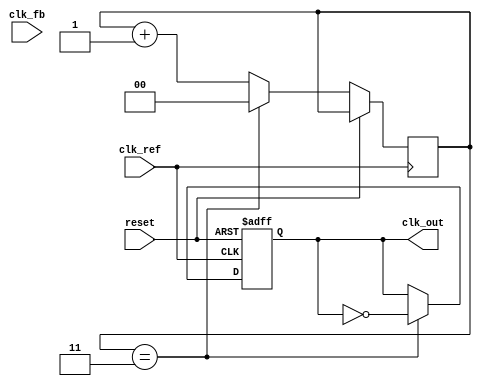
module PLL (
    input wire clk_ref,          // Reference clock input
    input wire clk_fb,           // Feedback clock input
    input wire reset,            // Asynchronous reset
    output reg clk_out           // Output clock
);

    // Parameters
    parameter integer DIV_RATIO = 4;  // Feedback division ratio
    parameter integer VCO_MAX_FREQ = 100; // Max VCO frequency (arbitrary units)
    parameter integer VCO_MIN_FREQ = 10;  // Min VCO frequency (arbitrary units)
    
    // PFD signals
    reg pfd_up, pfd_down;
    reg pfd_clk_ref_last, pfd_clk_fb_last;

    // Charge Pump signals
    reg [7:0] charge_pump_current; // 8-bit current control
    wire charge_pump_up = pfd_up;
    wire charge_pump_down = pfd_down;

    // Loop Filter
    reg [7:0] loop_filter_voltage; // Voltage control signal for VCO

    // VCO
    reg [7:0] vco_freq; // VCO frequency control
    reg vco_clk; // VCO output clock

    // Feedback mechanism
    reg [1:0] clk_divider; // Feedback clock divider

    // Phase Frequency Detector (PFD)
    always @(posedge clk_ref or posedge reset) begin
        if (reset) begin
            pfd_up <= 0;
            pfd_down <= 0;
            pfd_clk_ref_last <= 0;
            pfd_clk_fb_last <= 0;
        end else begin
            // Detect rising edge of reference clock
            if (!pfd_clk_ref_last && clk_ref) begin
                if (pfd_clk_fb_last) begin
                    pfd_up <= 0; // Feedback clock is leading
                    pfd_down <= 1; // Reference clock is lagging
                end else begin
                    pfd_up <= 1; // Reference clock is leading
                    pfd_down <= 0; // Feedback clock is lagging
                end
            end

            // Detect rising edge of feedback clock
            if (!pfd_clk_fb_last && clk_fb) begin
                if (pfd_clk_ref_last) begin
                    pfd_up <= 0; // Reference clock is leading
                    pfd_down <= 1; // Feedback clock is lagging
                end else begin
                    pfd_up <= 1; // Feedback clock is leading
                    pfd_down <= 0; // Reference clock is lagging
                end
            end

            // Store last states
            pfd_clk_ref_last <= clk_ref;
            pfd_clk_fb_last <= clk_fb;
        end
    end

    // Charge Pump
    always @(posedge clk_ref or posedge reset) begin
        if (reset) begin
            charge_pump_current <= 0;
        end else begin
            if (charge_pump_up) begin
                charge_pump_current <= charge_pump_current + 1; // Increase current
            end else if (charge_pump_down) begin
                charge_pump_current <= charge_pump_current - 1; // Decrease current
            end
        end
    end

    // Loop Filter (Simple First-Order)
    always @(posedge clk_ref or posedge reset) begin
        if (reset) begin
            loop_filter_voltage <= 0;
        end else begin
            loop_filter_voltage <= loop_filter_voltage + charge_pump_current; // Integrate current
        end
    end

    // VCO
    always @(posedge clk_ref or posedge reset) begin
        if (reset) begin
            vco_freq <= VCO_MIN_FREQ; // Start at minimum frequency
            clk_out <= 0;
        end else begin
            // Adjust VCO frequency based on loop filter output
            vco_freq <= (loop_filter_voltage > VCO_MAX_FREQ) ? VCO_MAX_FREQ : 
                        (loop_filter_voltage < VCO_MIN_FREQ) ? VCO_MIN_FREQ : loop_filter_voltage;

            // Generate VCO output clock (simple toggle logic)
            if (clk_divider == (DIV_RATIO - 1)) begin
                clk_out <= ~clk_out;
                clk_divider <= 0; // Reset divider
            end else begin
                clk_divider <= clk_divider + 1; // Increment divider
            end
        end
    end

endmodule